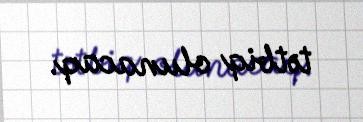
tətbiq olunacaq.